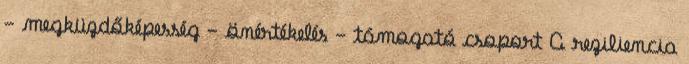
- megküzdőképesség - önértékelés - támogató csoport A reziliencia